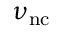
\nu _ { \mathrm { n c } }